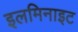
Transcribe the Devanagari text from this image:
इलमिनाइट